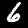
Digit: 6